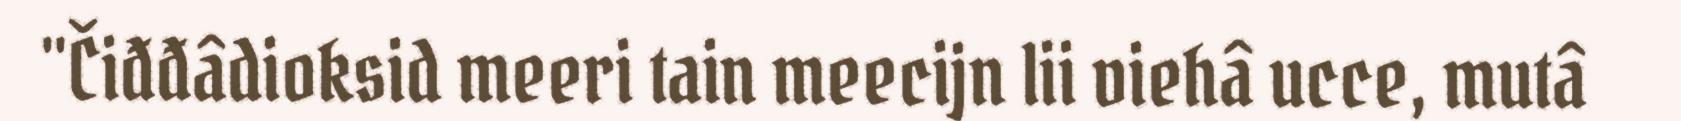
"Čiđđâdioksid meeri tain meecijn lii viehâ ucce, mutâ